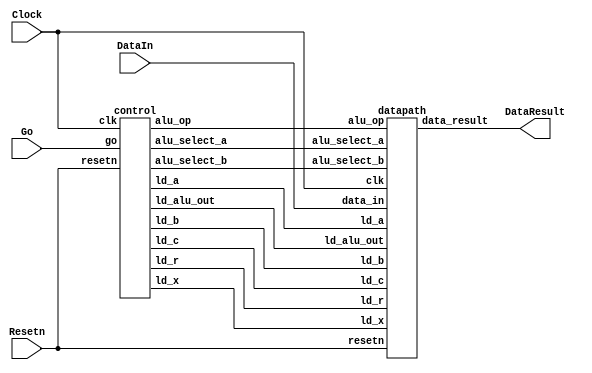
module part2(Clock, Resetn, Go, DataIn, DataResult);
input Clock;
input Resetn;
input Go;
input [7:0] DataIn;
output [7:0] DataResult;

wire ld_a, ld_b, ld_c, ld_x, ld_r;
wire ld_alu_out;
wire [1:0]  alu_select_a, alu_select_b;
wire alu_op;

control C0(.clk(Clock), .resetn(Resetn), .go(Go), .ld_alu_out(ld_alu_out), .ld_x(ld_x), .ld_a(ld_a), .ld_b(ld_b),
.ld_c(ld_c), .ld_r(ld_r), .alu_select_a(alu_select_a), .alu_select_b(alu_select_b), .alu_op(alu_op));

datapath D0(.clk(Clock), .resetn(Resetn), .ld_alu_out(ld_alu_out), .ld_x(ld_x), .ld_a(ld_a), .ld_b(ld_b),
.ld_c(ld_c), .ld_r(ld_r), .alu_select_a(alu_select_a), .alu_select_b(alu_select_b), .alu_op(alu_op),
.data_in(DataIn), .data_result(DataResult));

endmodule

 module control(
    input clk,
    input resetn,
    input go,

    output reg  ld_a, ld_b, ld_c, ld_x, ld_r,
    output reg  ld_alu_out,
    output reg [1:0]  alu_select_a, alu_select_b,
    output reg alu_op
    );

    reg [5:0] current_state, next_state; 
    
    localparam  S_LOAD_A        = 5'd0,
                S_LOAD_A_WAIT   = 5'd1,
                S_LOAD_B        = 5'd2,
                S_LOAD_B_WAIT   = 5'd3,
                S_LOAD_C        = 5'd4,
                S_LOAD_C_WAIT   = 5'd5,
                S_LOAD_X        = 5'd6,
                S_LOAD_X_WAIT   = 5'd7,
                S_CYCLE_0       = 5'd8,
                S_CYCLE_1       = 5'd9,
                S_CYCLE_2       = 5'd10,
		S_CYCLE_3	= 5'd11,
		S_CYCLE_4	= 5'd12;

    always@(*)
    begin: state_table 
            case (current_state)
                S_LOAD_A: next_state = go ? S_LOAD_A_WAIT : S_LOAD_A; // Loop in current state until value is input
                S_LOAD_A_WAIT: next_state = go ? S_LOAD_A_WAIT : S_LOAD_B; // Loop in current state until go signal goes low
                S_LOAD_B: next_state = go ? S_LOAD_B_WAIT : S_LOAD_B; // Loop in current state until value is input
                S_LOAD_B_WAIT: next_state = go ? S_LOAD_B_WAIT : S_LOAD_C; // Loop in current state until go signal goes low
                S_LOAD_C: next_state = go ? S_LOAD_C_WAIT : S_LOAD_C; // Loop in current state until value is input
                S_LOAD_C_WAIT: next_state = go ? S_LOAD_C_WAIT : S_LOAD_X; // Loop in current state until go signal goes low
                S_LOAD_X: next_state = go ? S_LOAD_X_WAIT : S_LOAD_X; // Loop in current state until value is input
                S_LOAD_X_WAIT: next_state = go ? S_LOAD_X_WAIT : S_CYCLE_0; // Loop in current state until go signal goes low
                S_CYCLE_0: next_state = S_CYCLE_1;
		S_CYCLE_1: next_state = S_CYCLE_2;
		S_CYCLE_2: next_state = S_CYCLE_3;
		S_CYCLE_3: next_state = S_CYCLE_4;
                S_CYCLE_4: next_state = S_LOAD_A; // we will be done our two operations, start over after
            default:     next_state = S_LOAD_A;
        endcase
    end // state_table
   
    always @(*)
    begin: enable_signals
        ld_alu_out = 1'b0;
        ld_a = 1'b0;
        ld_b = 1'b0;
        ld_c = 1'b0;
        ld_x = 1'b0;
        ld_r = 1'b0;
        alu_select_a = 2'b0;
        alu_select_b = 2'b0;
        alu_op       = 1'b0;

        case (current_state)
            S_LOAD_A: begin
                ld_a = 1'b1;
                end
            S_LOAD_B: begin
                ld_b = 1'b1;
                end
            S_LOAD_C: begin
                ld_c = 1'b1;
                end
            S_LOAD_X: begin
                ld_x = 1'b1;
                end
            S_CYCLE_0: begin 
                ld_alu_out = 1'b1; ld_a = 1'b1;
                alu_select_a = 2'b00; 
                alu_select_b = 2'b11;
                alu_op = 1'b1;
            end
            S_CYCLE_1: begin
                ld_alu_out = 1'b1; ld_a = 1'b1; 
                alu_select_a = 2'b00;
                alu_select_b = 2'b11;
                alu_op = 1'b1;
            end
            S_CYCLE_2: begin
                ld_alu_out = 1'b1; ld_b = 1'b1; 
                alu_select_a = 2'b01;
                alu_select_b = 2'b11;
                alu_op = 1'b1;
            end
            S_CYCLE_3: begin 
                ld_alu_out = 1'b1; ld_a = 1'b1; 
                alu_select_a = 2'b00; 
                alu_select_b = 2'b01;
                alu_op = 1'b0; 
            end
            S_CYCLE_4: begin 
                ld_r = 1'b1; 
                alu_select_a = 2'b00; 
                alu_select_b = 2'b10;
                alu_op = 1'b0; 
            end
        endcase
    end // enable_signals
   
    always@(posedge clk)
    begin: state_FFs
        if(!resetn)
            current_state <= S_LOAD_A;
        else
            current_state <= next_state;
    end // state_FFS
endmodule

module datapath(
    input clk,
    input resetn,
    input [7:0] data_in,
    input ld_alu_out, 
    input ld_x, ld_a, ld_b, ld_c,
    input ld_r,
    input alu_op, 
    input [1:0] alu_select_a, alu_select_b,
    output reg [7:0] data_result
    );
    
    reg [7:0] a, b, c, x;

    reg [7:0] alu_out;
    reg [7:0] alu_a, alu_b;

    always@(posedge clk) begin
        if(!resetn) begin
            a <= 8'b0; 
            b <= 8'b0; 
            c <= 8'b0; 
            x <= 8'b0; 
        end
        else begin
            if(ld_a)
                a <= ld_alu_out ? alu_out : data_in; // load alu_out if load_alu_out signal is high, otherwise load from data_in
            if(ld_b)
                b <= ld_alu_out ? alu_out : data_in; // load alu_out if load_alu_out signal is high, otherwise load from data_in
            if(ld_x)
                x <= data_in;

            if(ld_c)
                c <= data_in;
        end
    end

    always@(posedge clk) begin
        if(!resetn) begin
            data_result <= 8'b0; 
        end
        else 
            if(ld_r)
                data_result <= alu_out;
    end

    always @(*)
    begin
        case (alu_select_a)
            2'd0:
                alu_a = a;
            2'd1:
                alu_a = b;
            2'd2:
                alu_a = c;
            2'd3:
                alu_a = x;
            default: alu_a = 8'b0;
        endcase

        case (alu_select_b)
            2'd0:
                alu_b = a;
            2'd1:
                alu_b = b;
            2'd2:
                alu_b = c;
            2'd3:
                alu_b = x;
            default: alu_b = 8'b0;
        endcase
    end

    always @(*)
    begin : ALU
        case (alu_op)
            0: begin
                   alu_out = alu_a + alu_b; //performs addition
               end
            1: begin
                   alu_out = alu_a * alu_b; //performs multiplication
               end
            default: alu_out = 8'b0;
        endcase
    end
    
endmodule